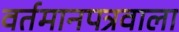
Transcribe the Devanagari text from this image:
वर्तमानपत्रवाला